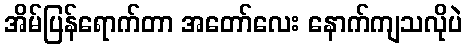
အိမ်ပြန်ရောက်တာ အတော်လေး နောက်ကျသလိုပဲ